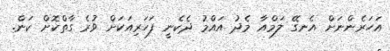
އަހަރެންނަށް އެނގޭ ލަމްއާ މެދު އައްމު ދެކެނީ ފަހަރިއަކަށް ވުރެ ގާތްކޮށް ކަން.